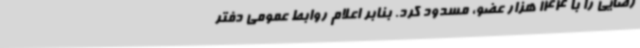
رضایی را با 144 هزار عضو، مسدود کرد. بنابر اعلام روابط عمومی دفتر